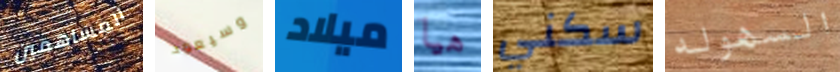
المساهمين وسيعود ميلاد هيا سكني السهوله